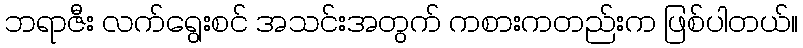
ဘရာဇီး လက်ရွေးစင် အသင်းအတွက် ကစားကတည်းက ဖြစ်ပါတယ်။